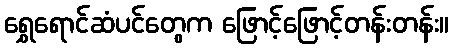
ရွှေရောင်ဆံပင်တွေက ဖြောင့်ဖြောင့်တန်းတန်း။